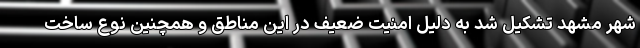
شهر مشهد تشکیل شد به دلیل امنیت ضعیف در این مناطق و همچنین نوع ساخت